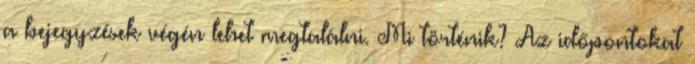
a bejegyzések végén lehet megtalálni. Mi történik? Az időpontokat